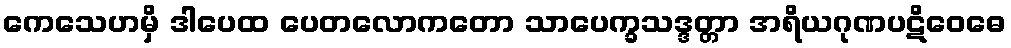
ကေသေဟမှိ ဒါပေထ ပေတလောကတော သာပေက္ခသဒ္ဒတ္တာ အရိယဂုဏပဋိဝေဓေ